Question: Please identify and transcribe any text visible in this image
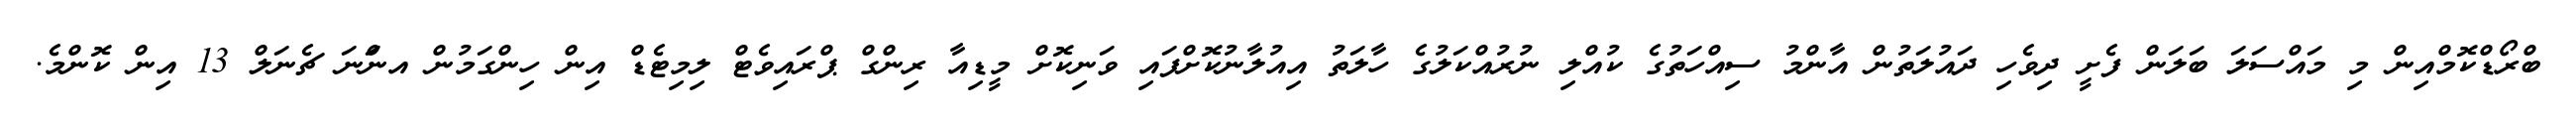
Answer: ބްރޯޑްކޮމްއިން މި މައްސަލަ ބަލަން ފެށީ ދިވެހި ދައުލަތުން އާންމު ސިއްހަތުގެ ކުއްލި ނުރުއްކަލުގެ ހާލަތު އިއުލާނުކޮށްފައި ވަނިކޮށް މީޑިއާ ރިންގް ޕްރައިވެޓް ލިމިޓެޑް އިން ހިންގަމުން އނަްނަ ޗެނަލް 13 އިން ކޮންމެ.